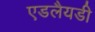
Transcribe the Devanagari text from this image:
एडलैयडी